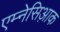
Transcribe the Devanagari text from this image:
एम्नेसिआ़क